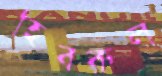
হিবরুল